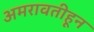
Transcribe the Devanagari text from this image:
अमरावतीहून